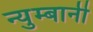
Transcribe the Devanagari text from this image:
न्युम्बानी